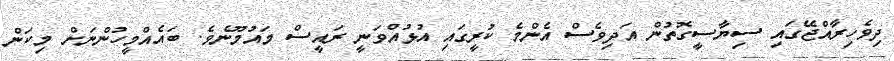
ދިވެހިރާއްޖޭގައި ސިޔާސީގޮތުން އަދިވެސް އެންމެ ކުރީގައި އުޅުއްވަނީ ރައީސް މައުމޫނެވެ. ބައެއްމީހުންނަށް މިކަން